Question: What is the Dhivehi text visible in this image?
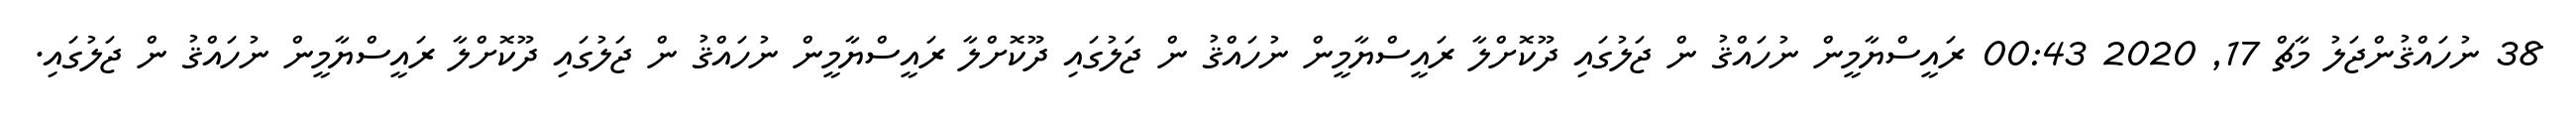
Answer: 38 ނުހައްޤުންޖަލު މާޗް 17, 2020 00:43 ރައީސްޔާމީން ނުހައްޤު ން ޖަލުގައި ދޫކޮށްލާ ރައީސްޔާމީން ނުހައްޤު ން ޖަލުގައި ދޫކޮށްލާ ރައީސްޔާމީން ނުހައްޤު ން ޖަލުގައި ދޫކޮށްލާ ރައީސްޔާމީން ނުހައްޤު ން ޖަލުގައި.